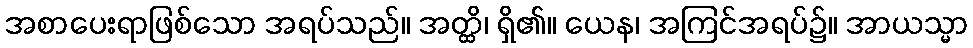
အစာပေးရာဖြစ်သော အရပ်သည်။ အတ္ထိ၊ ရှိ၏။ ယေန၊ အကြင်အရပ်၌။ အာယသ္မာ